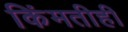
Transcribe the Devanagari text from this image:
किंमतीही